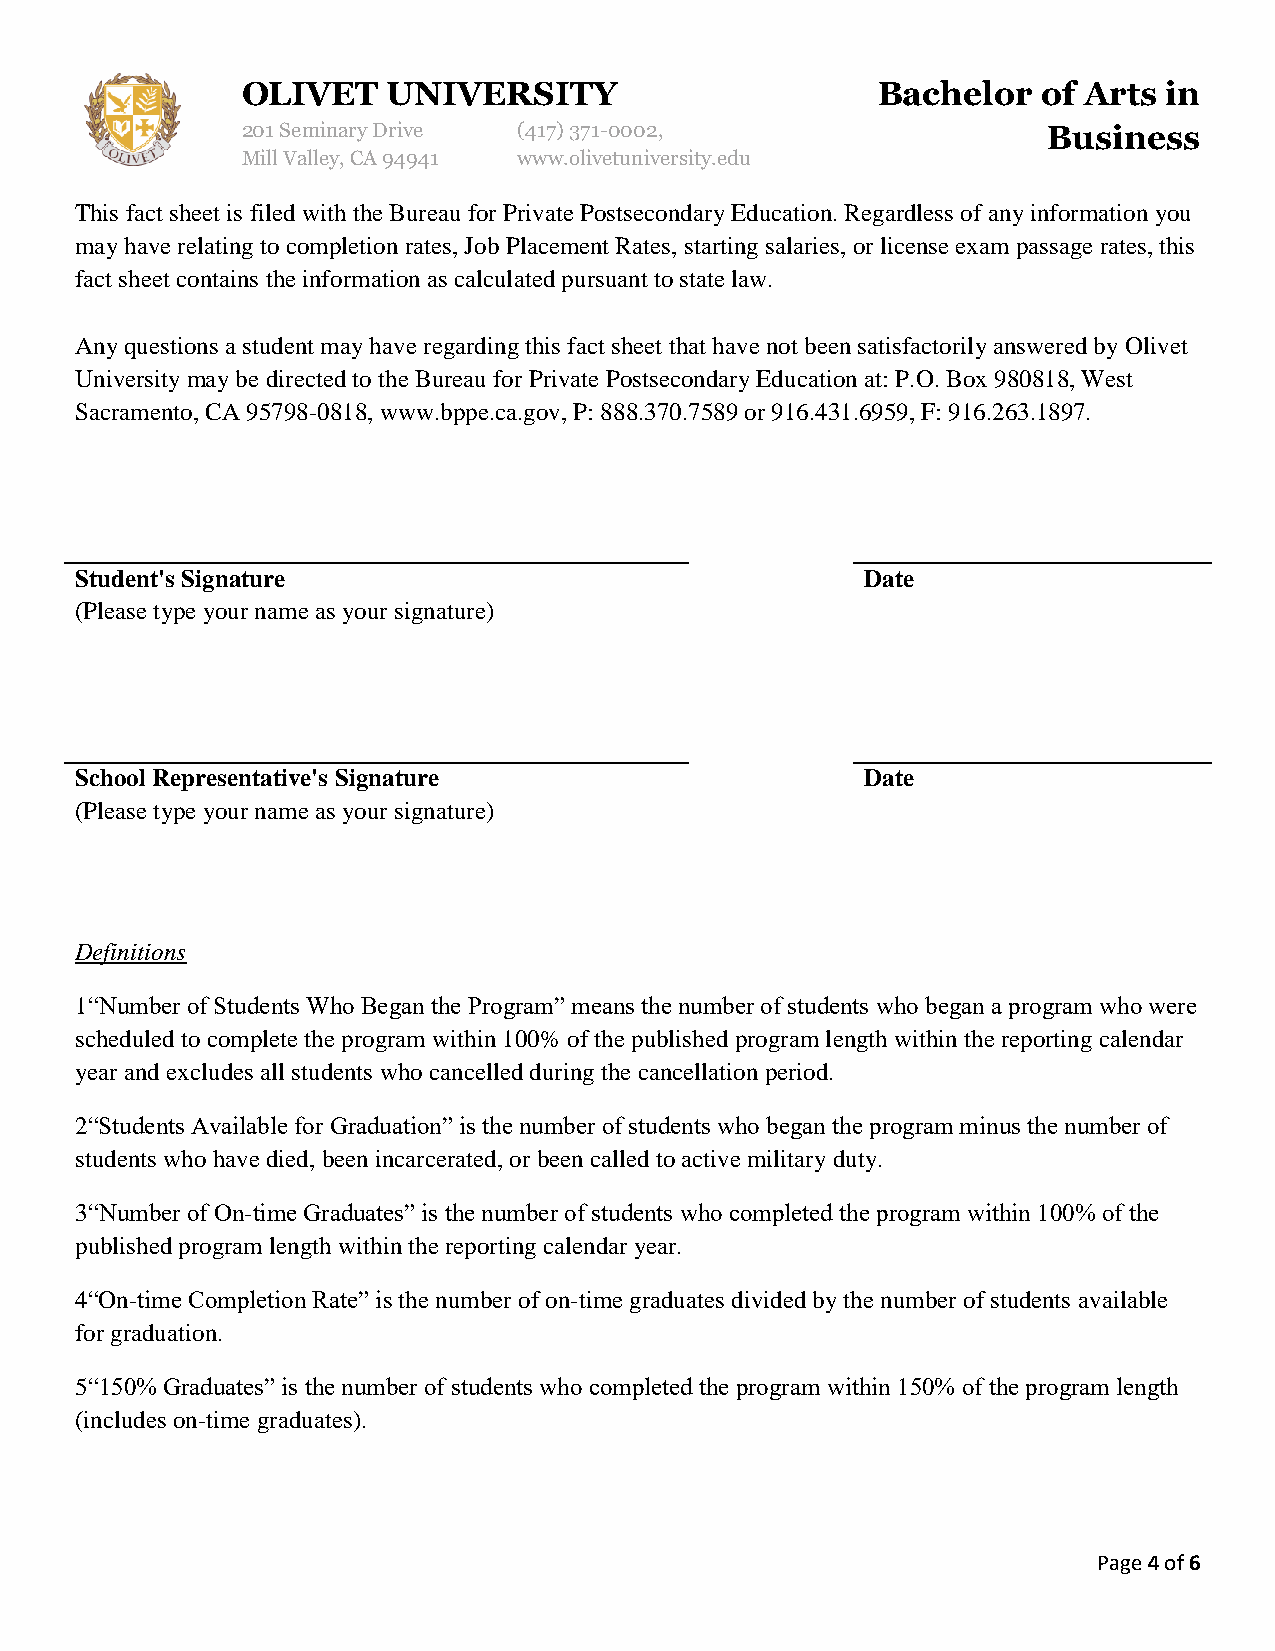
OLIVET    UNIVERSITY                      Bachelor   of Arts in
 201 Seminary Drive (417)371-0002,                    Business
 Mill Valley, CA 94941 www.olivetuniversity.edu
 This fact sheet is filed with the Bureau for Private Postsecondary Education. Regardless of any information you
 may have relating to completion rates, Job Placement Rates, starting salaries, or license exam passage rates, this
 fact sheet contains the information as calculated pursuant to state law.
 Any questions a student may have regarding this fact sheet that have not been satisfactorily answered by Olivet
 University may be directed to the Bureau for Private Postsecondary Education at: P.O. Box 980818, West
 Sacramento, CA 95798-0818, www.bppe.ca.gov, P: 888.370.7589 or 916.431.6959, F: 916.263.1897.
 Student's Signature                                 Date
 (Please type your name as your signature)
 School Representative's Signature                   Date
 (Please type your name as your signature)
 Definitions
 1“Number of Students Who Began the Program” means the number of students who began a program who were
 scheduled to complete the program within 100% of the published program length within the reporting calendar
 year and excludes all students who cancelled during the cancellation period.
 2“Students Available for Graduation” is the number of students who began the program minus the number of
 students who have died, been incarcerated, or been called to active military duty.
 3“Number of On-time Graduates” is the number of students who completed the program within 100% of the
 published program length within the reporting calendar year.
 4“On-time Completion Rate” is the number of on-time graduates divided by the number of students available
 for graduation.
 5“150% Graduates” is the number of students who completed the program within 150% of the program length
 (includes on-time graduates).
 Page 4 of 6